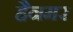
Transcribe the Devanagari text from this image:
हैनमर